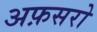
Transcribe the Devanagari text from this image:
अफ़सरो